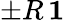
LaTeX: \pm R\, \mathbf{1}